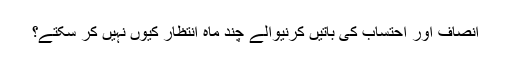
انصاف اور احتساب کی باتیں کرنیوالے چند ماہ انتظار کیوں نہیں کر سکتے؟